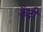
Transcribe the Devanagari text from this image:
कै़दी